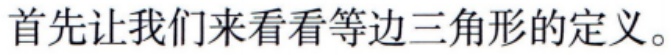
首先让我们来看看等边三角形的定义。